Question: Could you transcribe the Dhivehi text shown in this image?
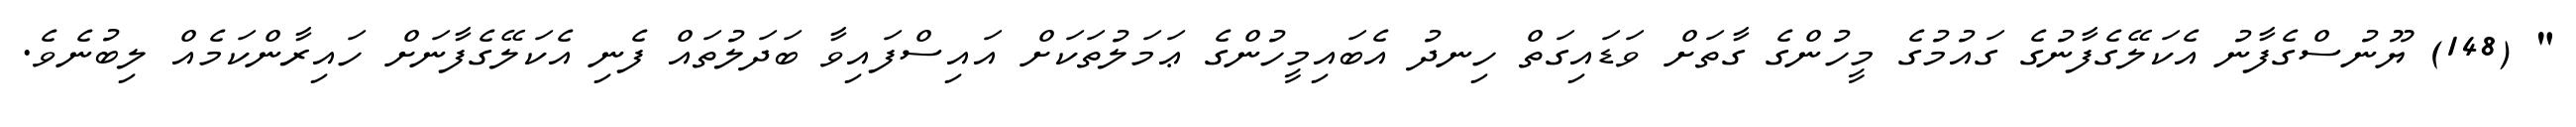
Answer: " (148) ޔޫނުސްގެފާނު އެކަލޭގެފާނުގެ ގައުމުގެ މީހުންގެ ގާތަށް ވަޑައިގަތް ހިނދު އެބައިމީހުންގެ ޢަމަލުތަކަށް އައިސްފައިވާ ބަދަލުތައް ފެނި އެކަލޭގެފާނަށް ހައިރާންކަމެއް ލިބުނެވެ.